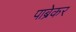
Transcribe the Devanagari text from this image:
पाब्रेकर